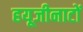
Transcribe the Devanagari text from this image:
हयूजीनाटों